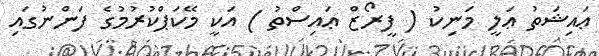
ޢައިޝަތު ޢަލީ މަނިކު ( ފީރޯޒް ޢައިސްތު ) އަކީ މޭކަޕްކުރުމުގެ ފަންނުގައި